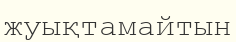
жуықтамайтын